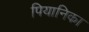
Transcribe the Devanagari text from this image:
पियानिका